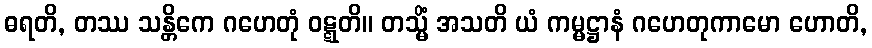
ဓရတိ, တဿ သန္တိကေ ဂဟေတုံ ဝဋ္ဋတိ။ တသ္မိံ အသတိ ယံ ကမ္မဋ္ဌာနံ ဂဟေတုကာမော ဟောတိ,